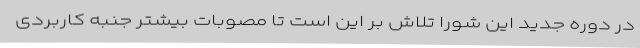
در دوره جدید این شورا تلاش بر این است تا مصوبات بیشتر جنبه کاربردی